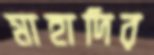
মাহাদির